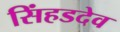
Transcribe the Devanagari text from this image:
सिंहडदेव